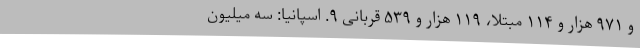
و ۹۷۱ هزار و ۱۱۴ مبتلا، ۱۱۹ هزار و ۵۳۹ قربانی ۹. اسپانیا: سه میلیون